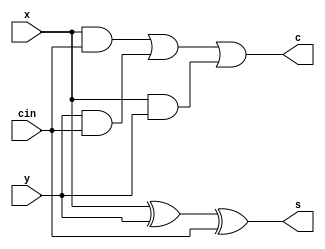
module Full_adder (x,y,cin,s,c);

input x,y,cin;
output s,c;

wire w1,w2,w3;

xor (s,x,y,cin);

and (w1,x,cin);
and (w2,y,cin);
and (w3,x,y);

or (c,w1,w2,w3);

endmodule